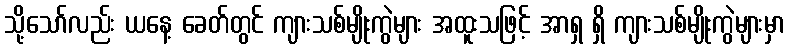
သို့သော်လည်း ယနေ့ ခေတ်တွင် ကျားသစ်မျိုးကွဲများ အထူးသဖြင့် အာရှ ရှိ ကျားသစ်မျိုးကွဲများမှာ